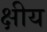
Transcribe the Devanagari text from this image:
क्षीय